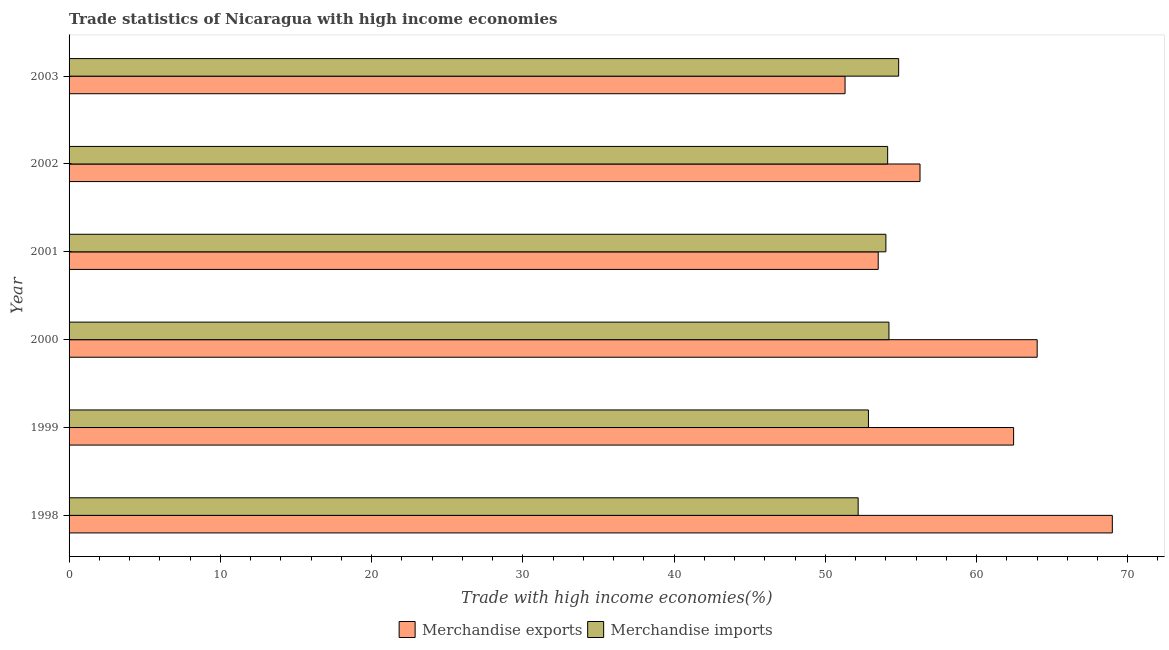
| Year | Merchandise exports | Merchandise imports |
 | --- | --- | --- |
 | 1998 | 69 | 52.2 |
 | 1999 | 62.5 | 52.9 |
 | 2000 | 64 | 54.2 |
 | 2001 | 53.5 | 54 |
 | 2002 | 56.3 | 54.1 |
 | 2003 | 51.3 | 54.9 |